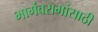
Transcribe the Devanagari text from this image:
भार्गवरामांसाठी